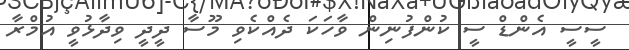
ސީސީ އެންޑް ސީ ކުންފުނިން ވާހަކަ ދެއްކެވި މޫސާ ދީދީ ވިދާޅުވީ އުމްރާ